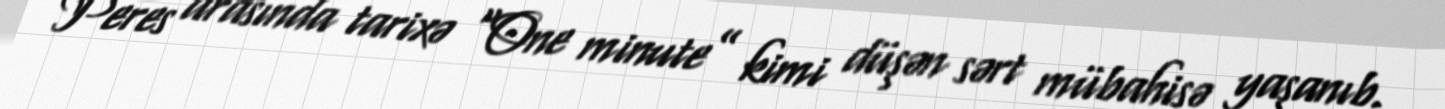
Peres arasında tarixə “One minute” kimi düşən sərt mübahisə yaşanıb.